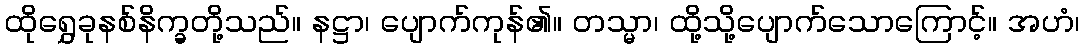
ထိုရွှေခုနစ်နိက္ခတို့သည်။ နဋ္ဌာ၊ ပျောက်ကုန်၏။ တသ္မာ၊ ထို့သို့ပျောက်သောကြောင့်။ အဟံ၊